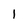
Character: 1